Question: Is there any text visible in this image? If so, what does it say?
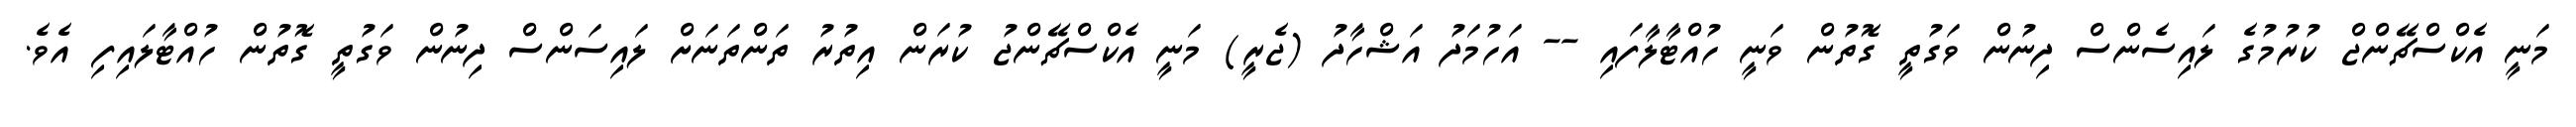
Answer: މަނީ އެކްސްޗޭންޖް ކުރުމުގެ ލައިސެންސް ދިނުން ވަގުތީ ގޮތުން ވަނީ ހުއްޓާލާފައި -- އަހުމަދު އަޝްހާދު (ޖެރީ) މަނީ އެކްސްޗޭންޖު ކުރަން އިތުރު ތަންތަނަށް ލައިސަންސް ދިނުން ވަގުތީ ގޮތުން ހުއްޓާލައިފި އެވެ.